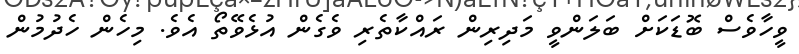
ވީހާވެސް ބޮޑަކަށް ބަލަންވީ މަދިރިން ރައްކާތެރި ވެގެން އުޅެވޭތޯ އެވެ. މިހެން ހެދުމުން